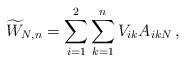
LaTeX: \begin{align*} \widetilde W_{N,n}=\sum_{i=1}^2\sum_{k=1}^nV_{ik}A_{ikN}\,,\end{align*}